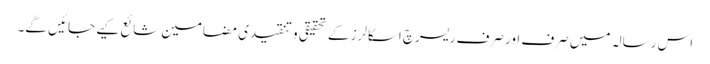
اس رسالہ میں صرف اور صرف ریسرچ اسکالرز کے تحقیقی و تنقیدی مضامین شائع کیے جائیں گے۔